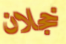
خجلان